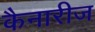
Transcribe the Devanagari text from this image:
कैनारीज